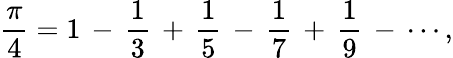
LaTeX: {\frac{\pi}{4}}=1\, -\, {\frac{1}{3}}\, +\, {\frac{1}{5}}\, -\, {\frac{1}{7}}\, +\, {\frac{1}{9}}\, -\, \cdots,